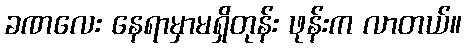
ခဏလေး နေရာမှာမရှိတုန်း ဖုန်းက လာတယ်။